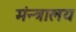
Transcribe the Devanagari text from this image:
मंन्त्रालय